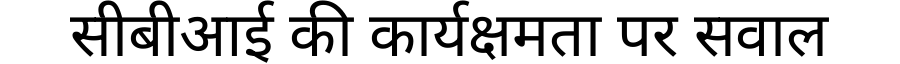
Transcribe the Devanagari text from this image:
सीबीआई की कार्यक्षमता पर सवाल